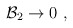
\begin{align*}{\cal B}_2 \rightarrow 0 \ ,\end{align*}